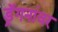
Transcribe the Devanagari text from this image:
ड्रॅगनांवर